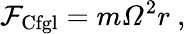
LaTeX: \mathcal{F}_{\mathrm{{Cfgl}}}=m{\mathit{{\Omega}}}^{2}r\ ,